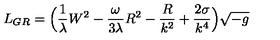
L _ { G R } = \Big ( \frac { 1 } { \lambda } W ^ { 2 } - \frac { \omega } { 3 \lambda } R ^ { 2 } - \frac { R } { k ^ { 2 } } + \frac { 2 \sigma } { k ^ { 4 } } \Big ) \sqrt { - g }